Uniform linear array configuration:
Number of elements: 16
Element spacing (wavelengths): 0.5
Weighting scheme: uniform
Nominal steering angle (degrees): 60
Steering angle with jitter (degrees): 60.606
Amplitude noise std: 0.05
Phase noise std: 0.05

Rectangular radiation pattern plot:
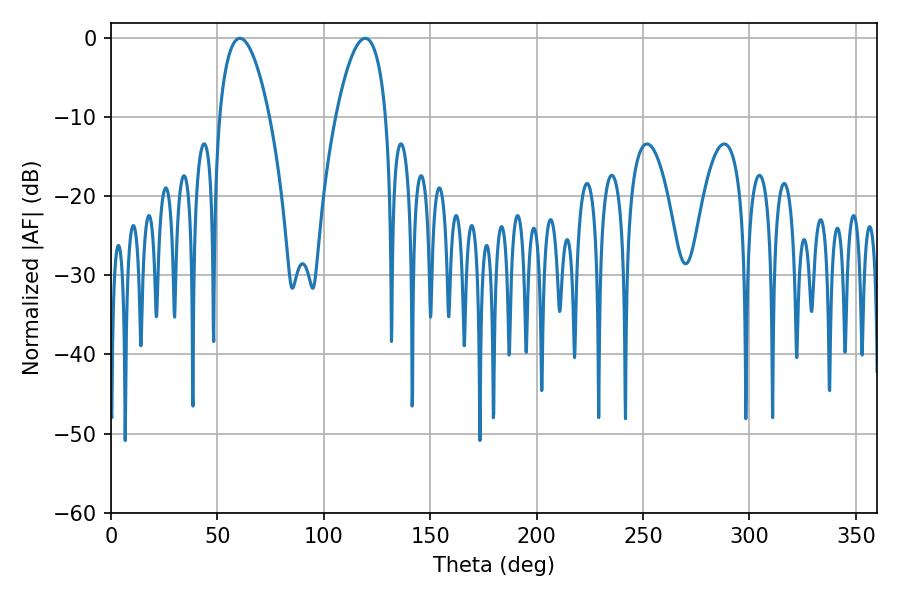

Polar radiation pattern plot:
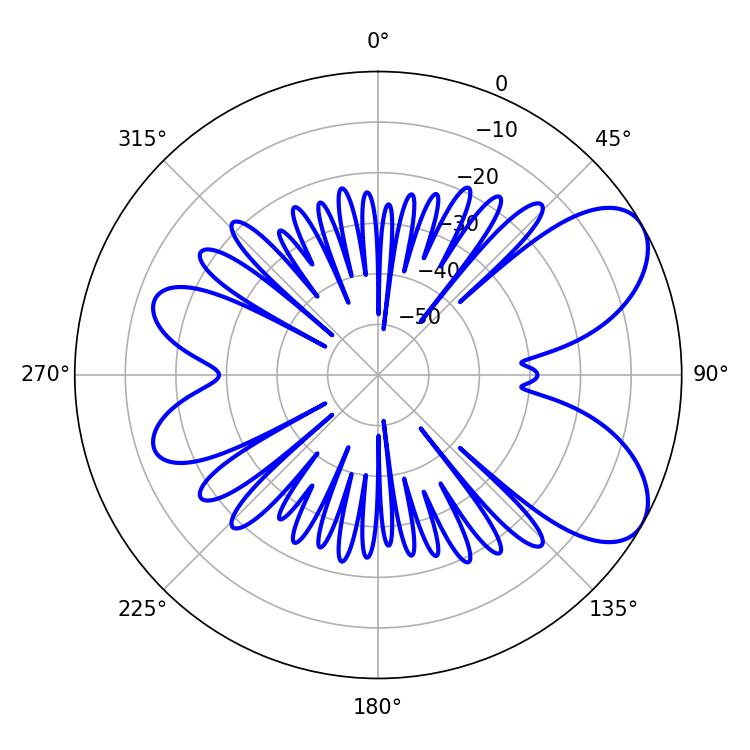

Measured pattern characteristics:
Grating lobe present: FALSE
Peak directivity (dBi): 6.89
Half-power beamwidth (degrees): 13.14
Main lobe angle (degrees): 60.48